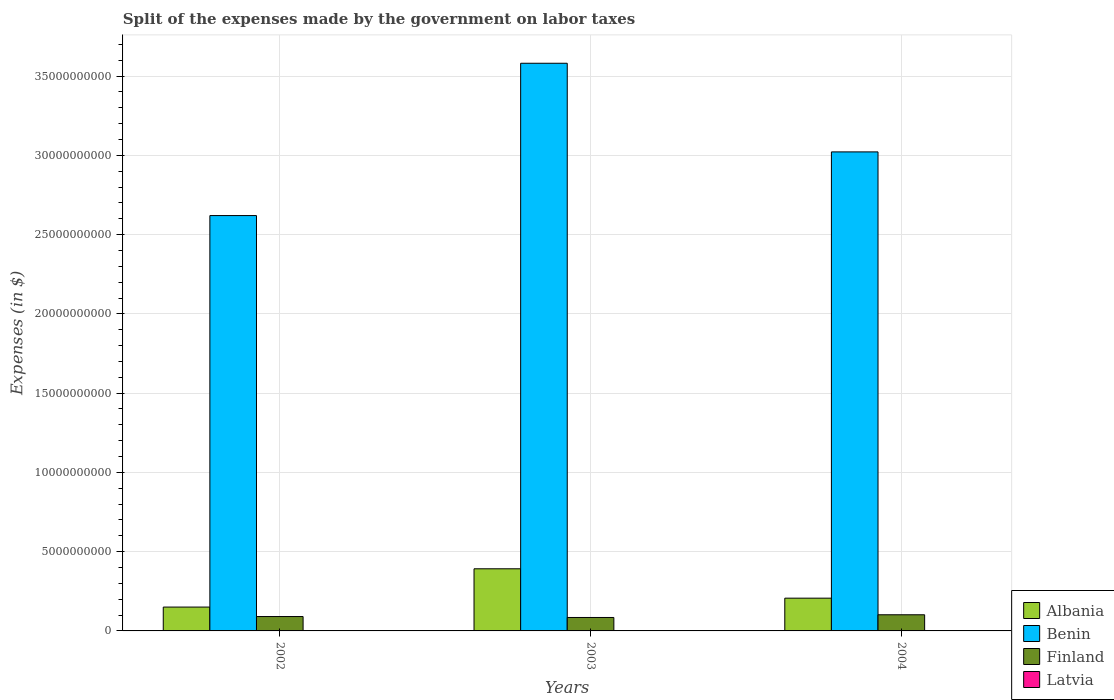
| Years | Albania | Benin | Finland | Latvia |
 | --- | --- | --- | --- | --- |
 | 2002 | 1.5e+09 | 2.62e+10 | 9.07e+08 | 8.6e+06 |
 | 2003 | 3.92e+09 | 3.58e+10 | 8.48e+08 | 7.8e+06 |
 | 2004 | 2.07e+09 | 3.02e+10 | 1.02e+09 | 6.1e+06 |